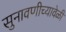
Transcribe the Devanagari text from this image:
सुनावणीच्यावेळी